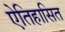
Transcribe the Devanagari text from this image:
ऐतिहासित